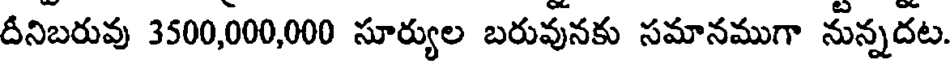
దీనిబరువు 3500,000,000 సూర్యుల బరువునకు సమానముగా నున్నదట.